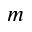
m